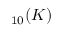
_ { 1 0 } ( K )